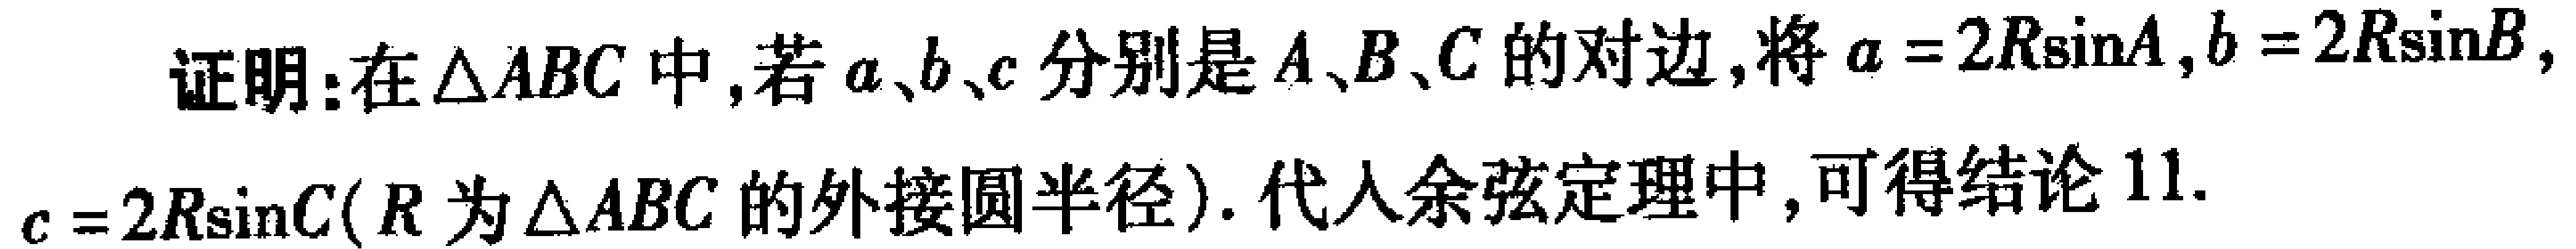
证明：在$\triangle ABC$中，若$a、b、c$分别是$A、B、C$的对边，将$a = 2R\sin A$，$b = 2R\sin B$，$c = 2R\sin C$（$R$为$\triangle ABC$的外接圆半径）. 代入余弦定理中，可得结论$11.$